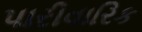
પારીવારિક